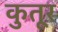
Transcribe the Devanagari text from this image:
कुतूर